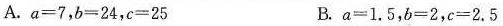
A.$$a = 7$$,$$b = 2 4$$,$$c = 2 5$$ B.$$a = 1 . 5$$,$$b = 2$$,$$c = 2 . 5$$